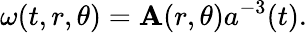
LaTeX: \omega(t,r,\theta)=\mathbf{A}(r,\theta)a^{-3}(t).